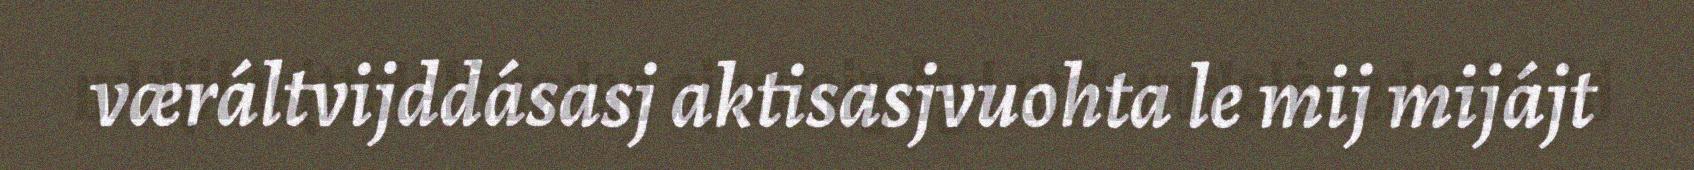
væráltvijddásasj aktisasjvuohta le mij mijájt